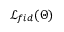
\mathcal { L } _ { f i d } ( \boldsymbol { \Theta } )